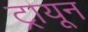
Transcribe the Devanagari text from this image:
ट्रायून